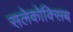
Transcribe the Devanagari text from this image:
सलेकोक्सिब